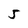
Character: 5